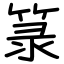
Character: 箓